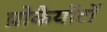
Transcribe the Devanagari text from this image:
प्रोकैर्योटों